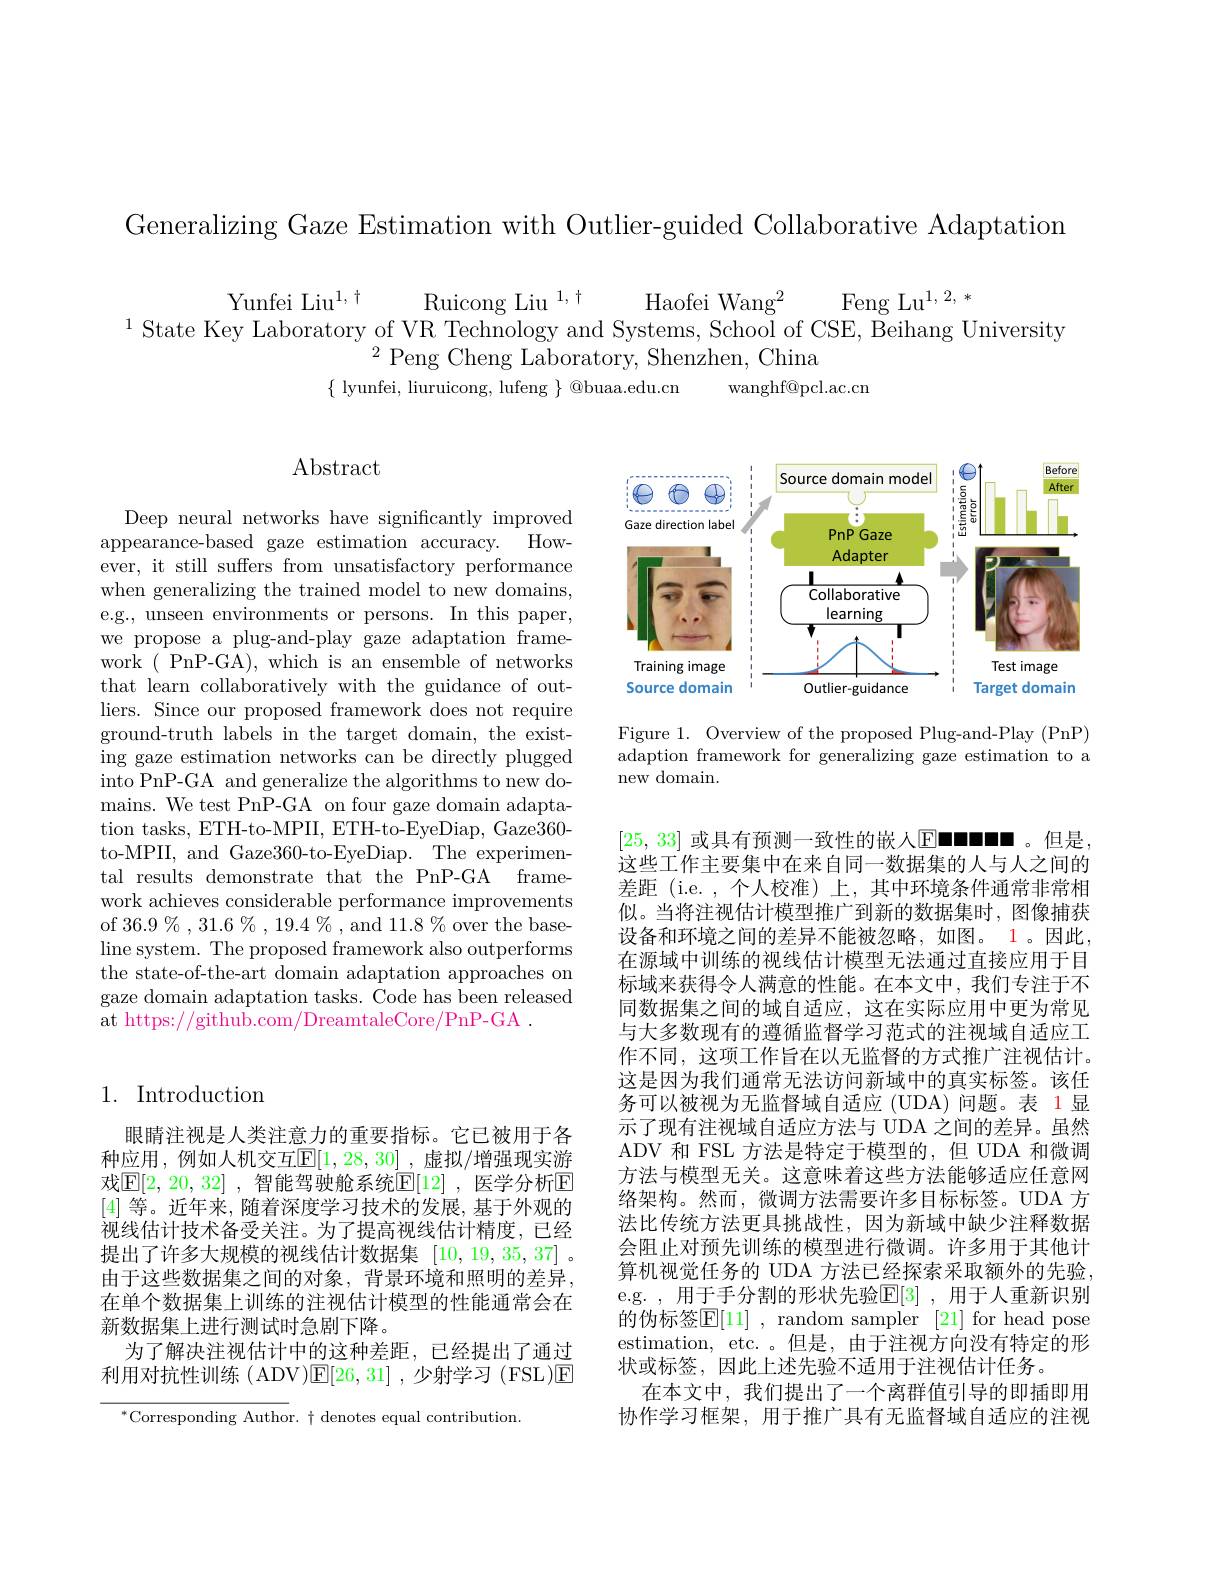
Generalizing Gaze Estimation with Outlier-guided Collaborative Adaptation

$\begin{array}{c}\text{Yunfei Liu}^{1,\dagger}&\text{Ruicong Liu}^{1,\dagger}&\text{Haofei Wang}^{2}&\text{Feng Lu}^{1,2,*}\\\text{State Key Laboratory of VR Technology and Systems, School of CSE, Beihang University}\end{array}$
Peng Cheng Laboratorv. Shenzhen. China
$\{$ lyunfei, liuruicong, lufeng $\}\textcircled{\mathrm{Q}}$buaa.edu.cn
wanghf@pcl.ac.cn

### Abstract

Deep neural networks have significantly improved appearance-based gaze estimation accuracy. However, it still suffers from unsatisfactory performance when generalizing the trained model to new domains, e.g., unseen environments or persons. In this paper, we propose a plug-and-play gaze adaptation framework ( PnP-GA), which is an ensemble of networks that learn collaboratively with the guidance of outliers. Since our proposed framework does not require ground-truth labels in the target domain, the existing gaze estimation networks can be directly plugged into PnP-GA and generalize the algorithms to new domains. We test PnP-GA on four gaze domain adaptation tasks, ETH- to- MPII, ETH- to- EyeDiap, Gaze360- to-MPII, and Gaze360-to-EyeDiap. The experimental results demonstrate that the PnP-GA framework achieves considerable performance improvements of $36.9\%,31.6\%,19.4\%$,and $11.8\%$over the baseline system. The proposed framework also outperforms the state-of-the-art domain adaptation approaches on gaze domain adaptation tasks. Code has been released at https://github.com/DreamtaleCore/PnP-GA~.

## 1. Introduction

眼睛注视是人类注意力的重要指标。它已被用于各种应用，例如人机交互$\mathbb{E}[1,28,30]$ ,虚拟/增强现实游戏$\boxed{\mathrm{E}}[2,20,32]$ ,智能驾驶舱系统$\boxed{\mathrm{E}}[12]$ ,医学分析$\boxed{\mathrm{E}}$ [4]等。近年来，随着深度学习技术的发展，基于外观的视线估计技术备受关注。为了提高视线估计精度，已经提出了许多大规模的视线估计数据集[10,19,35,37] 。由于这些数据集之间的对象，背景环境和照明的差异， 在单个数据集上训练的注视估计模型的性能通常会在新数据集上进行测试时急剧下降。
为了解决注视估计中的这种差距，已经提出了通过利用对抗性训练(ADV)$\overline {E}$[ 26, 31] , 少 射 学 习 ( FSL) E

$^*$Corresponding Author. † denotes equal contribution

<FigureHere>

Figure 1. Overview of the proposed Plug-and-Play (PnP) adaption framework for generalizing gaze estimation to a new domain.

[25,33] 或具有预测一致性的嵌人$\boxed{\mathrm{E}}\blacksquare\blacksquare\blacksquare\blacksquare$。但是，

这些工作主要集中在来自同一数据集的人与人之间的差距 (i.e. , 个人校准) 上，其中环境条件通常非常相似。当将注视估计模型推广到新的数据集时，图像捕获设备和环境之间的差异不能被忽略，如图。1。因此， 在源域中训练的视线估计模型无法通过直接应用于目标域来获得令人满意的性能。在本文中，我们专注于不同数据集之间的域自适应，这在实际应用中更为常见与大多数现有的遵循监督学习范式的注视域自适应工作不同，这项工作旨在以无监督的方式推广注视估计。这是因为我们通常无法访问新域中的真实标签。该任务可以被视为无监督域自适应(UDA)问题。表 1显示了现有注视域自适应方法与 UDA 之间的差异。虽然ADV 和 FSL 方法是特定于模型的，但 UDA 和微调方法与模型无关。这意味着这些方法能够适应任意网络架构。然而，微调方法需要许多目标标签。UDA 方法比传统方法更具挑战性，因为新域中缺少注释数据会阻止对预先训练的模型进行微调。许多用于其他计算机视觉任务的 UDA 方法已经探索采取额外的先验e.g. , 用于手分割的形状先验$\mathbb{E}[3]$ ,用于人重新识别的伪标签$\mathbb{E}[11]$, random sampler [21] for head pose estimation, etc. 。但是，由于注视方向没有特定的形状或标签，因此上述先验不适用于注视估计任务。
在本文中，我们提出了一个离群值引导的即插即用协作学习框架，用于推广具有无监督域自适应的注视